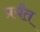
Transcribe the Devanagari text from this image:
प्रर्यंत